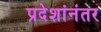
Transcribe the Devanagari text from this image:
प्रदेशांनंतर